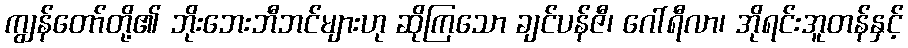
ကျွန်တော်တို့၏ ဘိုးဘေးဘီဘင်များဟု ဆိုကြသော ချင်ပန်ဇီ၊ ဂေါ်ရီလာ၊ အိုရင်းအူတန်နှင့်